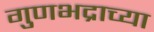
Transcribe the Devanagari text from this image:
गुणभद्राच्या